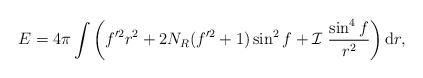
\begin{align*}E = 4 \pi \int\left(f^{\prime 2} r^2 + 2 N_R (f^{\prime 2} + 1) \sin^2 f +{\cal I}~ \frac{\sin^4 f}{r^2}\right){\rm d} r,\end{align*}